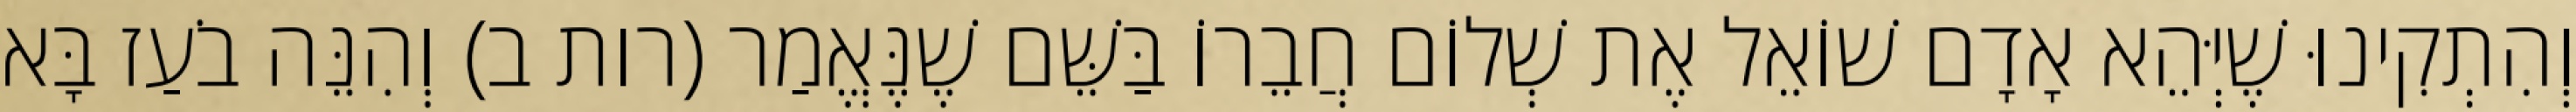
וְהִתְקִינוּ שֶׁיְּהֵא אָדָם שׁוֹאֵל אֶת שְׁלוֹם חֲבֵרוֹ בַּשֵּׁם שֶׁנֶּאֱמַר (רות ב) וְהִנֵּה בֹעַז בָּא